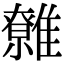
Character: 䨅